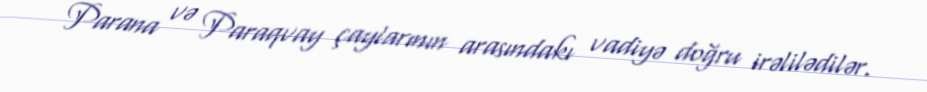
Parana və Paraqvay çaylarının arasındakı vadiyə doğru irəlilədilər.